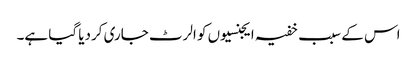
اس کے سبب خفیہ ایجنسیوں کو الرٹ جاری کردیا گیا ہے۔